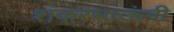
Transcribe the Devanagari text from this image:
शंकरभाऊंनी